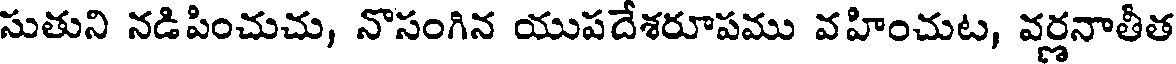
సుతుని నడిపించుచు, నొసంగిన యుపదేశరూపము వహించుట, వర్ణనాతీత